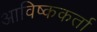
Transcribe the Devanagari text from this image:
आविष्ककर्ता